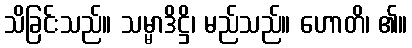
သိခြင်းသည်။ သမ္မာဒိဋ္ဌိ၊ မည်သည်။ ဟောတိ၊ ၏။